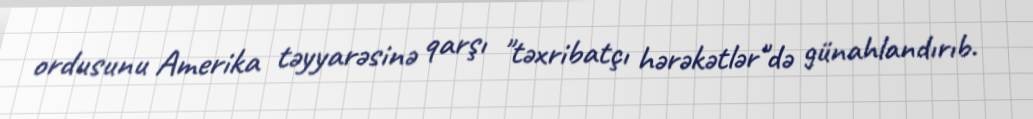
ordusunu Amerika təyyarəsinə qarşı "təxribatçı hərəkətlər"də günahlandırıb.